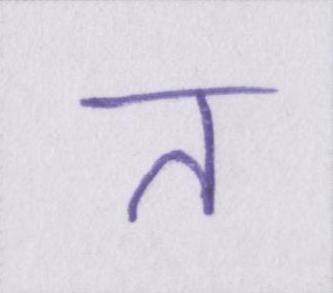
त